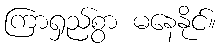
ကြာရှည်စွာ မနေနိုင်။